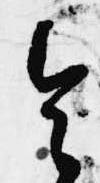
令